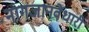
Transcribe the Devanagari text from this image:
नागजानवेधारी